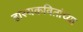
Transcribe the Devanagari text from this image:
हास्यकवितांच्या